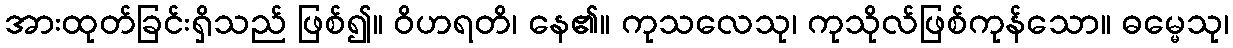
အားထုတ်ခြင်းရှိသည် ဖြစ်၍။ ဝိဟရတိ၊ နေ၏။ ကုသလေသု၊ ကုသိုလ်ဖြစ်ကုန်သော။ ဓမ္မေသု၊